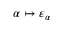
\alpha \mapsto \varepsilon _ { \alpha }